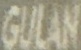
GULAN